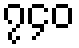
၇၄၀